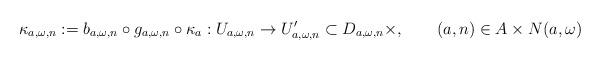
LaTeX: \begin{align*}\kappa_{a,\omega,n}:=b_{a,\omega,n}\circ g_{a,\omega,n}\circ \kappa_a:U_{a,\omega,n}\to U'_{a,\omega,n}\subset D_{a,\omega,n}\times \real,\qquad (a,n)\in A\times N(a,\omega)\end{align*}